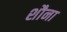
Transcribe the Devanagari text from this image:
शौना